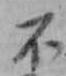
不